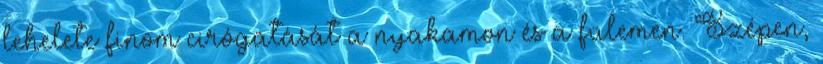
lehelete finom cirógatását a nyakamon és a fülemen. Szépen,